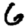
Digit: 6